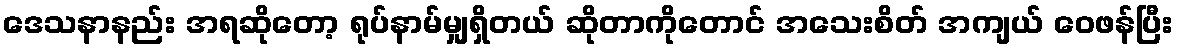
ဒေသနာနည်း အရဆိုတော့ ရုပ်နာမ်မျှရှိတယ် ဆိုတာကိုတောင် အသေးစိတ် အကျယ် ဝေဖန်ပြီး